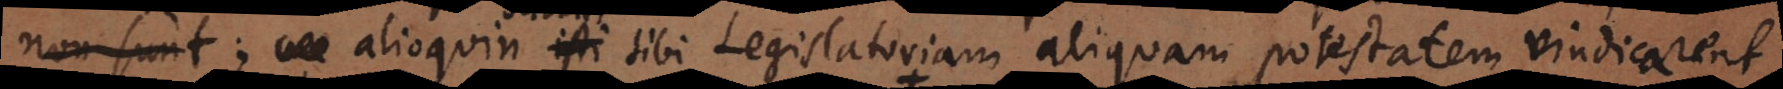
rationum; alioquin subditi sibi Legislatoriam aliquam potestatem vindicarent